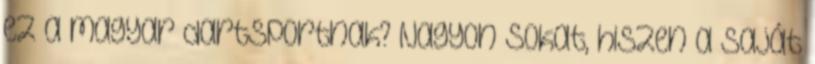
ez a magyar dartsportnak? Nagyon sokat, hiszen a saját